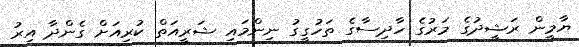
ޔާމީން ރަޝީދުގެ މަރުގެ ހާދިސާގެ ތަހުގީގު ނިންމައި ޝަރީއަތް ކުރިއަށް ގެންދާ އިރު